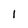
Character: 1